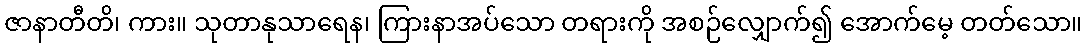
ဇာနာတီတိ၊ ကား။ သုတာနုသာရေန၊ ကြားနာအပ်သော တရားကို အစဉ်လျှောက်၍ အောက်မေ့ တတ်သော။